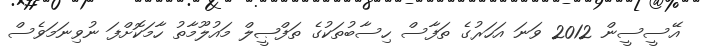
އޭސީސީން 2012 ވަނަ އަހަރުގެ ތަފާސް ހިސާބުތަކުގެ ތަފްޞީލް މައުލޫމާތު ހާމަކޮށްފަ ނުވިނަމަވެސް